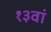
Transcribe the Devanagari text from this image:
१३वां